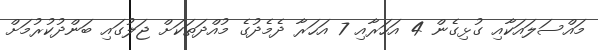
މައްސަލައަކާއި ގުޅިގެން 4 އަހަރާއި 7 އަހަރާ ދެމެދުގެ މުއްދަތަކަށް ޖަލުގައި ބަންދުކުރުމަށް